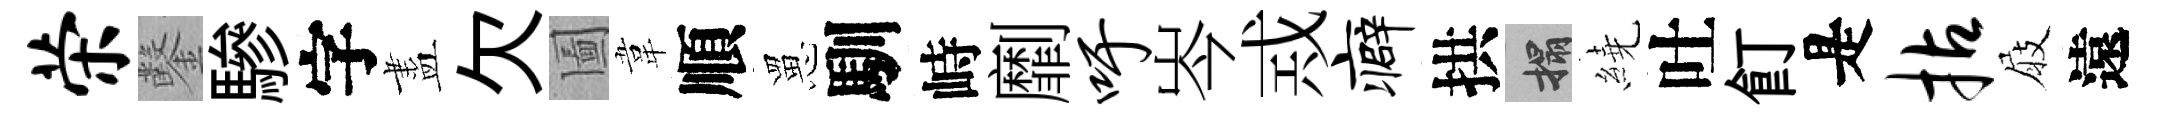
荣鑿驂字盡欠圗韋順罳馴峙劘吁岑𢦶癖拱搨繞吐飣是拈屐遠